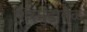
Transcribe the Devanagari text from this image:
शिरमुंडावळ